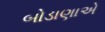
બોડાણાએ